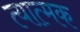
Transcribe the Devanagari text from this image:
त्यात्मक